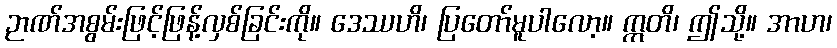
ဉာဏ်အစွမ်းဖြင့်ဖြန့်လှစ်ခြင်းကို။ ဒေဿဟိ၊ ပြတော်မူပါလော့။ ဣတိ၊ ဤသို့။ အာဟ၊